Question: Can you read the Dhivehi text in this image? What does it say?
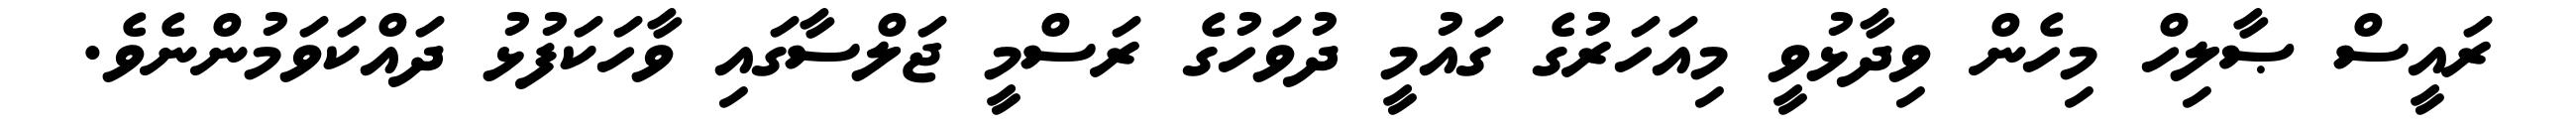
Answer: ރައީސް ޞާލިހް މިހެން ވިދާޅުވީ މިއަހަރުގެ ގައުމީ ދުވަހުގެ ރަސްމީ ޖަލްސާގައި ވާހަކަފުޅު ދައްކަވަމުންނެވެ.